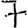
Digit: 7